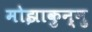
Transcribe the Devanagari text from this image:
मोझाकुन्नु